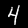
Label: 4